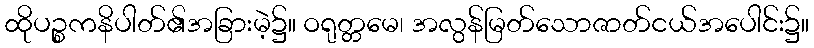
ထိုပဉ္စကနိပါတ်၏အခြားမဲ့၌။ ဝရုတ္တမေ၊ အလွန်မြတ်သောဇာတ်ငယ်အပေါင်း၌။